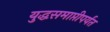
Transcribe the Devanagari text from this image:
युद्धसमाप्तीपर्यंत